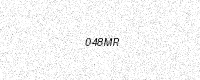
Text: 048MR